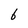
Character: 6